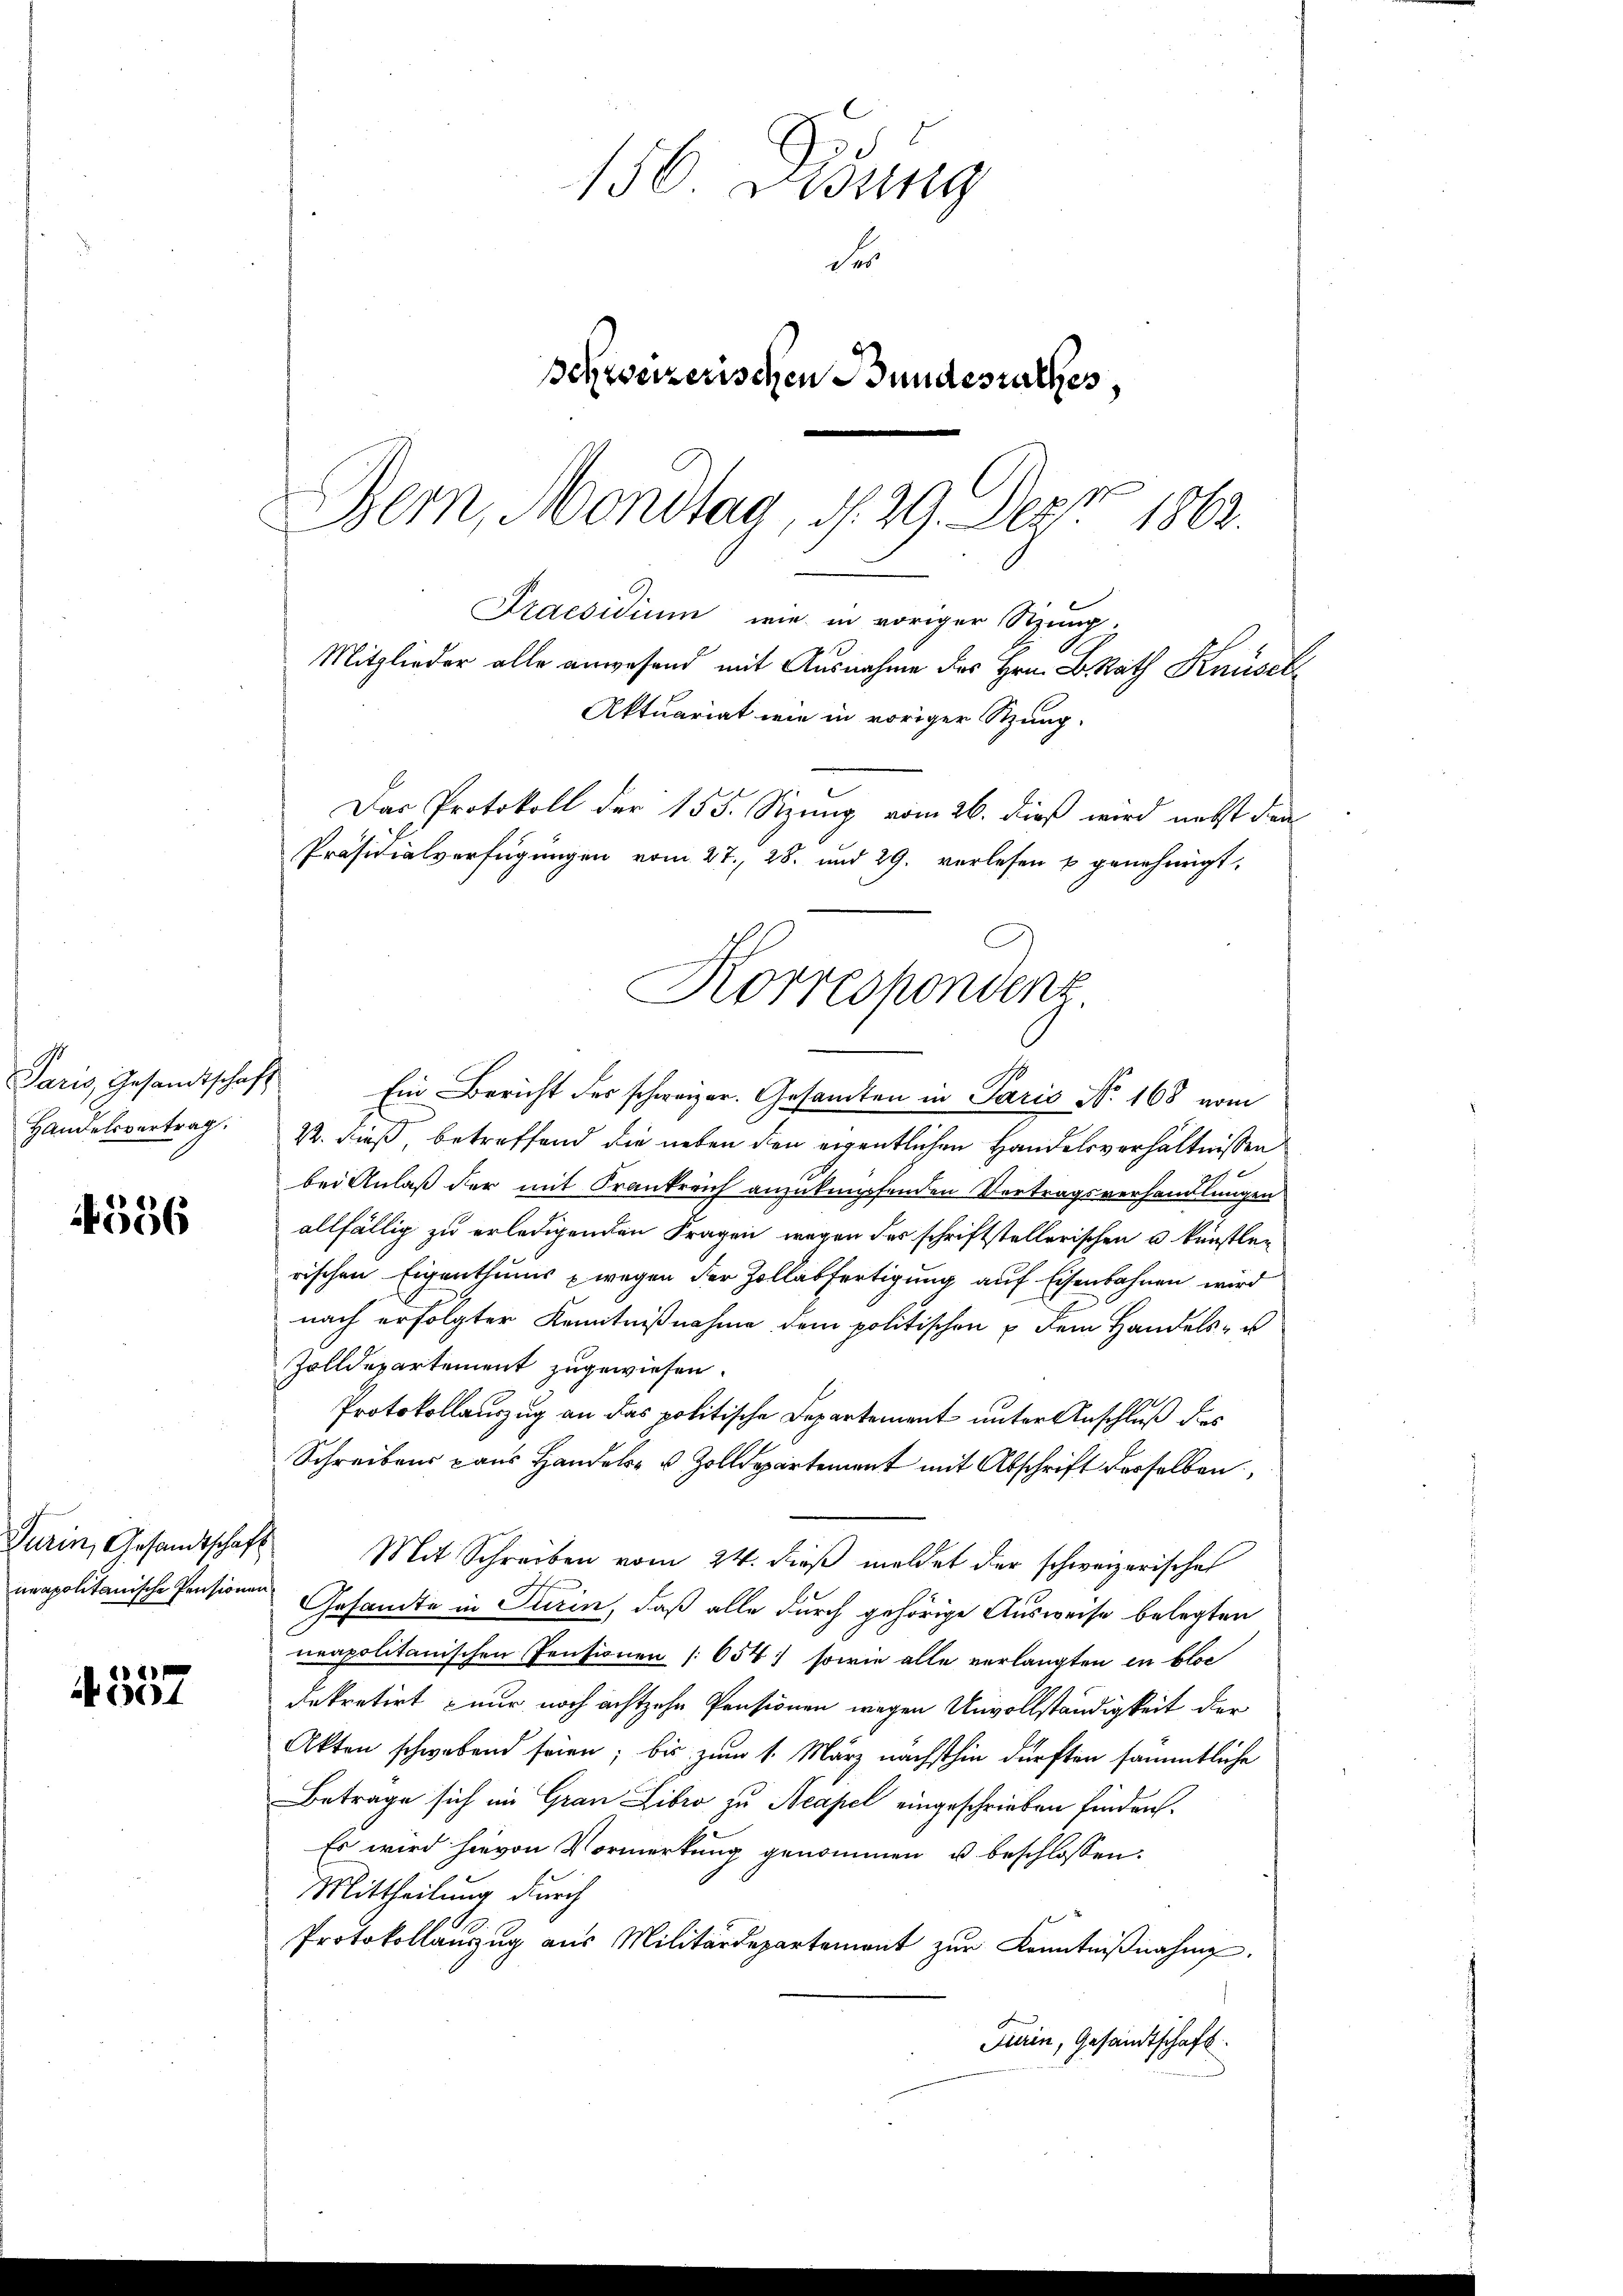
Paris, Gesandtschaft
Handelsvertrag.

4556

Turin, Gesandtschaf

4357

156 Didung
der
schweizerischen Bundesrathes,
1
Bern, Mondtag, d. 29. Dez. 1862.

Praesidium wie in voriger Sitzung.
Mitglieder alle anwesend mit Ausnahme des Hrn. B. Rath Knüsel
Aktuariat wie in voriger Stung-
Das Protokoll der 155. Sitzung vom 26. dieß wird nebst den
Präsidialverfügungen vom 27. 28. und 29. verlesen u genehmigt.
Korrespondenz

Ein Bericht des schweizer. Gesamten in Paris No. 168 vom
22. dieß, betreffend die neben den eigentlichen Handelsverhältnissen
bei Anlaß der mit Frankreich anzuknüpfenden Vertragsverhandlungen
allfällig zu erledigenden Fragen wegen der schriftstellerischen u künstlerischen Eigenthums wegen der Zollabfertigung auf Eisenbahnen wird
nach erfolgter Kenntnißnahme dem politischen & dem Handels- u
Zolldepartement zugewiesen.
790
Protokollauszug an das politische Departement unter Anschluß des
Schreibens aus Handels- & Zolldepartement mit Abschrift derselben,
.
Mit Schreiben vom 24. dieß meldet der schweizerischen
neapolitanische Pensionen Gesandte in Turin, daß alle durch gehörige Ausweise belegten
neapolitanischen Pensionen [654) sowie alle verlangten in blos
dekretirt nur noch achtzehn Pensionen wegen Unvollständigkeit der
Akten schwabend seien; bis zum 1. März nächsthin dürften sämmtliche
Betrage sich im Grau Libro zu Neapel eingeschrieben finden.
Es wird hievon Vormerkung genommen u beschlossen:
Mittheilung durch
Protokollanzug aus Militärdepartement zŭr Kenntniβnahme.
Turin, Gesandtschaft.